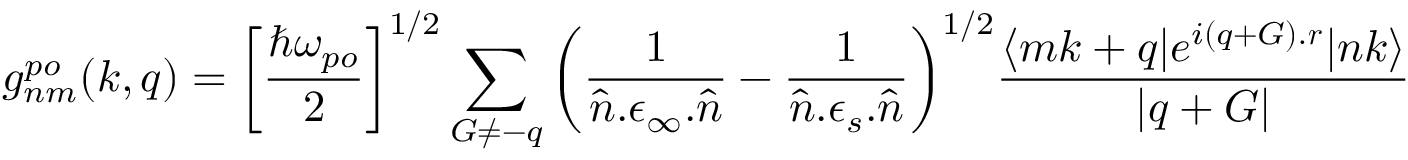
g _ { n m } ^ { p o } ( k , q ) = \bigg [ \frac { \hbar \omega _ { p o } } { 2 } \bigg ] ^ { 1 / 2 } \sum _ { G \neq - q } ^ { } \bigg ( \frac { 1 } { \hat { n } . \epsilon _ { \infty } . \hat { n } } - \frac { 1 } { \hat { n } . \epsilon _ { s } . \hat { n } } \bigg ) ^ { 1 / 2 } \frac { \langle m k + q | e ^ { i ( q + G ) . \boldsymbol { r } } | n k \rangle } { | q + G | }